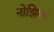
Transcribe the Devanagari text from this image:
नोझिक